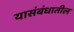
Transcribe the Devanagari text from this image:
यासंबंधातील